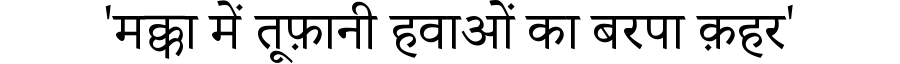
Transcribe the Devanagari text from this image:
'मक्का में तूफ़ानी हवाओं का बरपा क़हर'